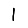
Digit: 1